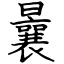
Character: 曩